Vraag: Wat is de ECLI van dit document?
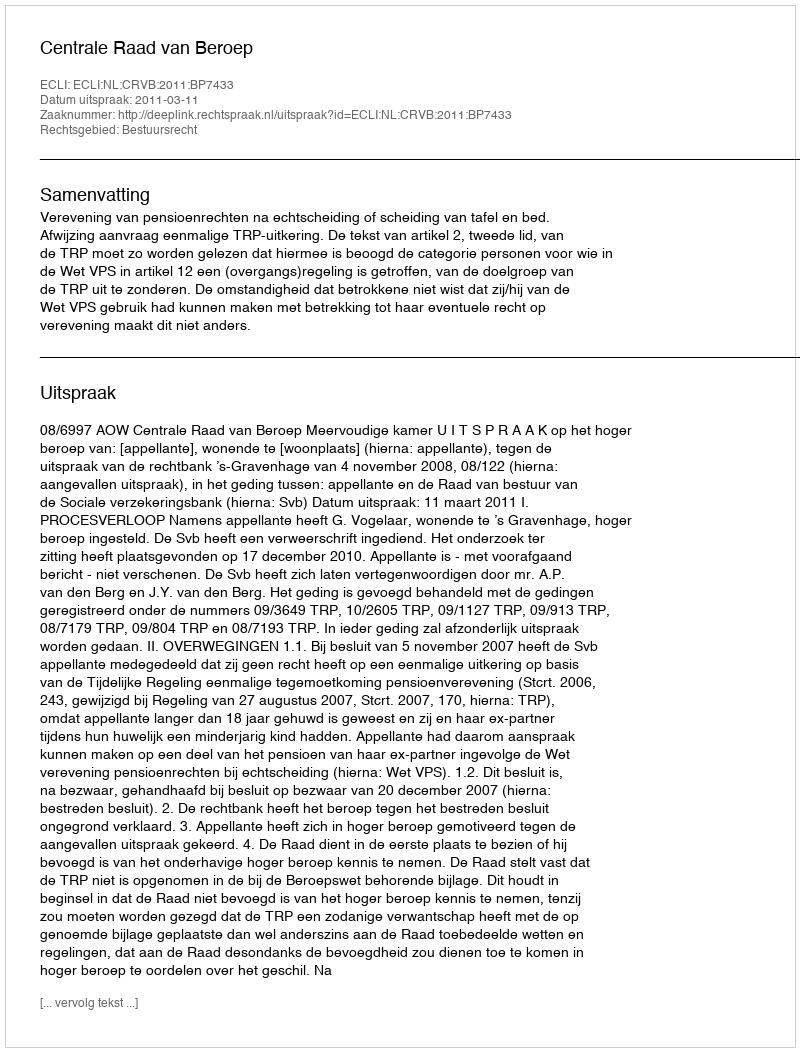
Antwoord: ECLI:NL:CRVB:2011:BP7433